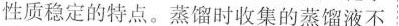
性质稳定的特点。蒸馏时收集的蒸馏液不